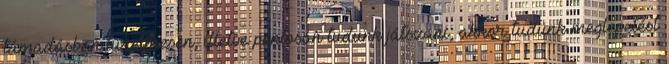
támadásban türelmesen, illetve pontosan tudunk játszani, akkor tudunk meglepetést